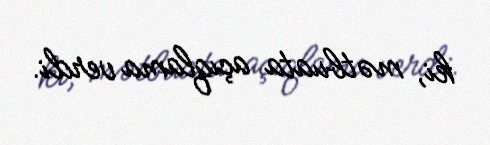
ki, mətbuata açıqlama verdi.